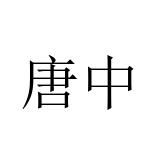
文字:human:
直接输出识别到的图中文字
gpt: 唐中